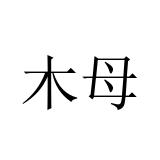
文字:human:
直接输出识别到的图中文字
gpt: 木母